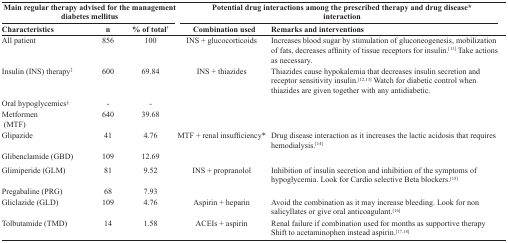
<table><thead><tr><td colspan="3"><b>Main regular therapy advised for the management diabetes mellitus</b></td><td colspan="2"><b>Potential drug interactions among the prescribed therapy and drug disease* interaction</b></td></tr><tr><td><b>Characteristics</b></td><td><b>n</b></td><td><b>% of total†</b></td><td><b>Combination used</b></td><td><b>Remarks and interventions</b></td></tr></thead><tbody><tr><td>All patient</td><td>856</td><td>100</td><td>INS + glucocorticoids</td><td>Increases blood sugar by stimulation of gluconeogenesis, mobilization of fats, decreases affinity of tissue receptors for insulin.[11] Take actions as necessary.</td></tr><tr><td>Insulin (INS) therapy‡</td><td>600</td><td>69.84</td><td>INS + thiazides</td><td>Thiazides cause hypokalemia that decreases insulin secretion and receptor sensitivity insulin.[1213] Watch for diabetic control when thiazides are given together with any antidiabetic.</td></tr><tr><td>Oral hypoglycemics§</td><td>-</td><td>-</td><td></td><td></td></tr><tr><td>Metformen (MTF)</td><td>640</td><td>39.68</td><td></td><td></td></tr><tr><td>Glipazide</td><td>41</td><td>4.76</td><td>MTF + renal insufficiency*</td><td>Drug disease interaction as it increases the lactic acidosis that requires hemodialysis.[14]</td></tr><tr><td>Glibenclamide (GBD)</td><td>109</td><td>12.69</td><td></td><td></td></tr><tr><td>Glimiperide (GLM)</td><td>81</td><td>9.52</td><td>INS + propranolol</td><td>Inhibition of insulin secretion and inhibition of the symptoms of hypoglycemia. Look for Cardio selective Beta blockers.[15]</td></tr><tr><td>Pregabaline (PRG)</td><td>68</td><td>7.93</td><td></td><td></td></tr><tr><td>Gliclazide (GLD)</td><td>109</td><td>4.76</td><td>Aspirin + heparin</td><td>Avoid the combination as it may increase bleeding. Look for non salicyllates or give oral anticoagulant.[16]</td></tr><tr><td>Tolbutamide (TMD)</td><td>14</td><td>1.58</td><td>ACEIs + aspirin</td><td>Renal failure if combination used for months as supportive therapy Shift to acetaminophen instead aspirin.[1718]</td></tr></tbody></table>